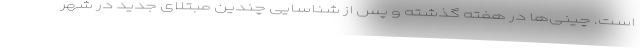
است. چینی‌ها در هفته گذشته و پس از شناسایی چندین مبتلای جدید در شهر